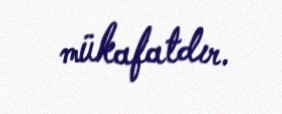
mükafatdır.